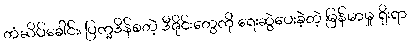
တံဆိပ်ခေါင်း၊ ပြက္ခဒိန်စတဲ့ ဒီဇိုင်းတွေကို ရေးဆွဲပေးခဲ့တဲ့ မြန်မာမှု ရိုးရာ